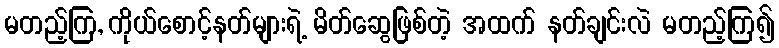
မတည့်ကြ, ကိုယ်စောင့်နတ်များရဲ့ မိတ်ဆွေဖြစ်တဲ့ အထက် နတ်ချင်းလဲ မတည့်ကြ၍